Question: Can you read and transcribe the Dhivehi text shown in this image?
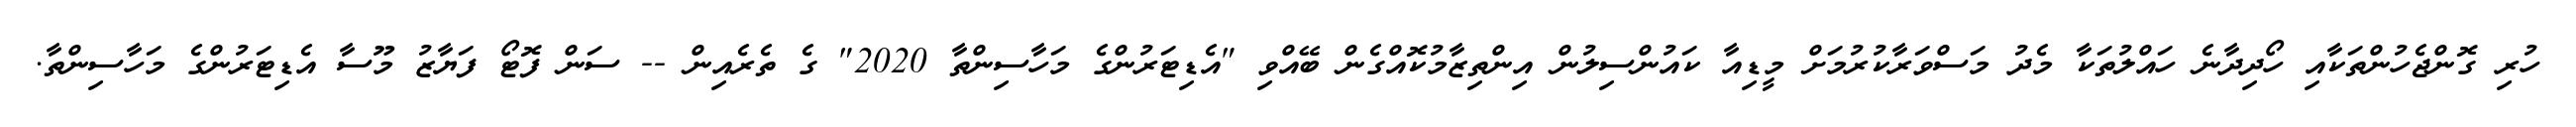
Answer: ހުރި ގޮންޖެހުންތަކާއި ހޯދިދާނެ ހައްލުތަކާ މެދު މަސްވަރާކުރުމަށް މީޑިއާ ކައުންސިލުން އިންތިޒާމުކޮއްގެން ބޭއްވި "އެޑިޓަރުންގެ މަހާސިންތާ 2020" ގެ ތެރެއިން -- ސަން ފޮޓޯ ފަޔާޒު މޫސާ އެޑިޓަރުންގެ މަހާސިންތާ.